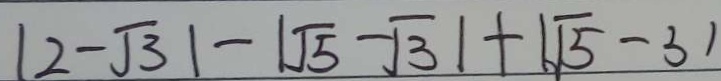
\vert 2 - \sqrt { 3 } \vert - \vert \sqrt { 5 } - \sqrt { 3 } \vert + \vert \sqrt { 5 } - 3 \vert